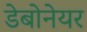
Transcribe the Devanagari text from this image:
डेबोनेयर